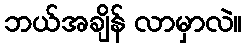
ဘယ်အချိန် လာမှာလဲ။